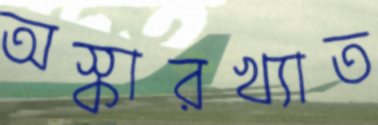
অস্কারখ্যাত